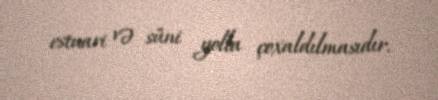
estuari və süni yolla çoxaldılmasıdır.